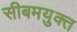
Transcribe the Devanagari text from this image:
सीबमयुक्त